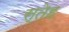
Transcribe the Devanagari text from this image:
स्तेह